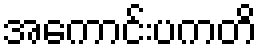
အကောင်းပကတိ